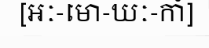
[អៈ-មោ-ឃៈ-កាំ]